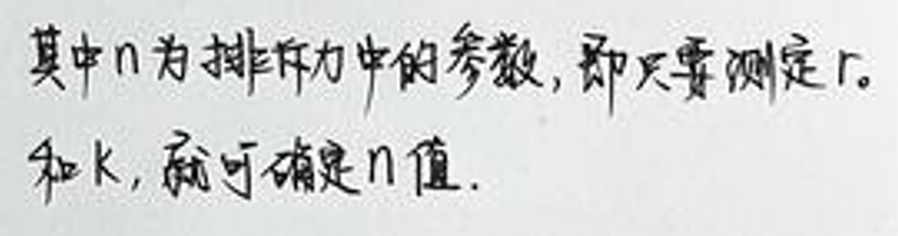
其中\(n\)为排齐力中的参数，即只需要测定\(r\)、\(\mu\)和\(k\)，就可确定\(n\)值。